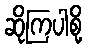
ဆိုကြပါစို့